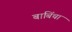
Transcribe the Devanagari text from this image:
बाबिंचा